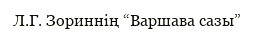
Л.Г. Зориннің “Варшава сазы”